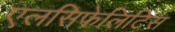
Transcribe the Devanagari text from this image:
एलसिफेलिटिस